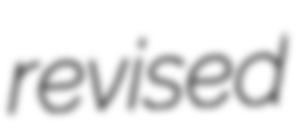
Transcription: revised